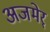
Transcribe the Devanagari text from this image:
अजमेर्